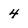
Character: 4